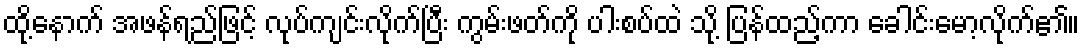
ထို့နောက် အဖန်ရည်ဖြင့် လုပ်ကျင်းလိုက်ပြီး ကွမ်းဖတ်ကို ပါးစပ်ထဲ သို့ ပြန်ထည့်ကာ ခေါင်းမော့လိုက်၏။